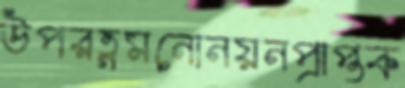
উপরত্নমনোনয়নপ্রাপ্তক